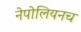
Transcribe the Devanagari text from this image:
नेपोलियनच